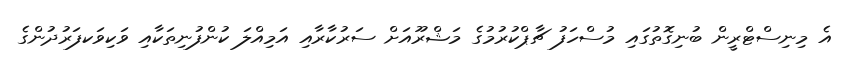
އެ މިނިސްޓްރީން ބުނިގޮތުގައި މުސްހަފު ޗާޕްކުރުމުގެ މަޝްރޫއަށް ސަރުކާރާއި އަމިއްލަ ކުންފުނިތަކާއި ވަކިވަކފަރުދުންގެ